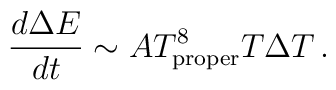
{d \Delta E \over dt} \sim A T_{\rm proper}^8 T \Delta T\,.